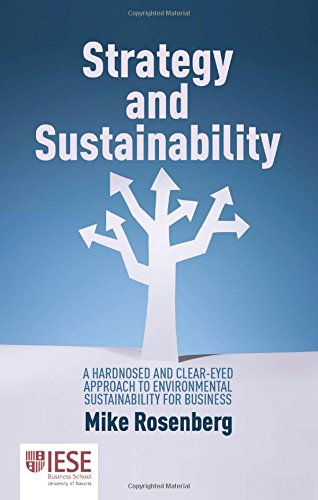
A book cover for Strategy and Sustainability: A Hard-Nosed and Clear-Eyed Approach to Environmental Sustainability For Business (IESE Business Collection); Michael Rosenberg; Business & Money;